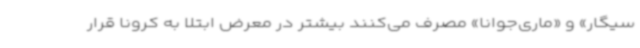
سیگار» و «ماری‌جوانا» مصرف می‌کنند بیشتر در معرض ابتلا به کرونا قرار